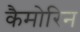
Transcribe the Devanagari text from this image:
कैमोरिन